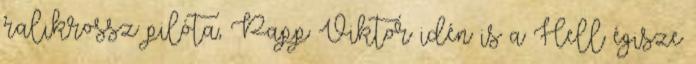
ralikrossz pilóta, Papp Viktor idén is a Hell égisze